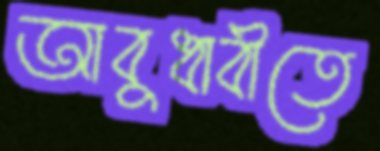
আবুধাবীতে